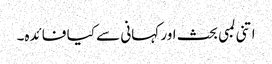
اتنی لمبی بحث اور کہانی سے کیا فائدہ۔